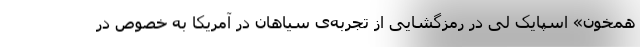
همخون» اسپایک لی در رمزگشایی از تجربه‌ی سیاهان در آمریکا به خصوص در